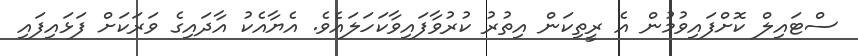
ސްޓައިލް ކޮށްފައިވުމުން އެ ރީތިކަން އިތުރު ކުރުވާފައިވާކަހަލައެވެ. އެޔާއެކު އާދައިގެ ވަރަކަށް ފަޅައިފައި